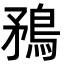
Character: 𭿼